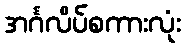
အင်္ဂလိပ်စကားလုံး